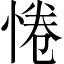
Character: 惓